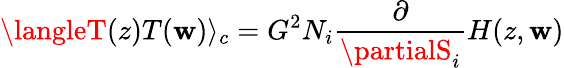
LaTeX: \langleT(z)T(\mathbf{w})\rangle_{c}=G^{2}N_{i}\frac{{\partial}}{{\partialS_{i}}}H(z,\mathbf{w})